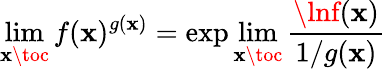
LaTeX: \operatorname*{lim}_{\mathbf{x}\toc}f(\mathbf{x})^{g(\mathbf{x})}=\exp\operatorname*{lim}_{\mathbf{x}\toc}{\frac{{\lnf(\mathbf{x})}}{{1/g(\mathbf{x})}}}